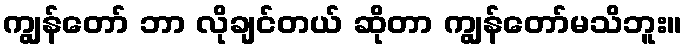
ကျွန်တော် ဘာ လိုချင်တယ် ဆိုတာ ကျွန်တော်မသိဘူး။